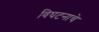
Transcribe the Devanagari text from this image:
विघटनाचे